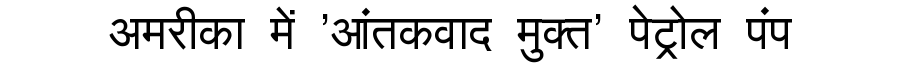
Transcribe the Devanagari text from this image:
अमरीका में 'आंतकवाद मुक्त' पेट्रोल पंप